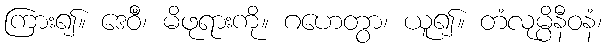
ကြား၍။ ဒေဝီံ၊ မိဖုရားကို။ ဂဟေတွာ၊ ယူ၍။ တံလုမ္ပိနီဝနံ၊